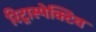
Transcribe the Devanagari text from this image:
रिट्रास्पेक्टिव